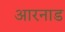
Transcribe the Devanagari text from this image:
आरनाड